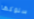
سلوكها